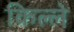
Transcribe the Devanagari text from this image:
किल्‍ले